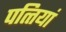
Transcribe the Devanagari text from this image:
पत्‍तियां